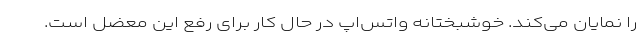
را نمایان می‌کند. خوشبختانه واتس‌اپ در حال کار برای رفع این معضل است.